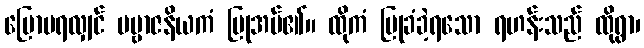
ပြောမရလျှင် ပဗ္ဗာဇနိယကံ ပြုအပ်၏။ ထိုကံ ပြုခံခဲ့ရသော ရဟန်းသည် ထိုရွာ၊